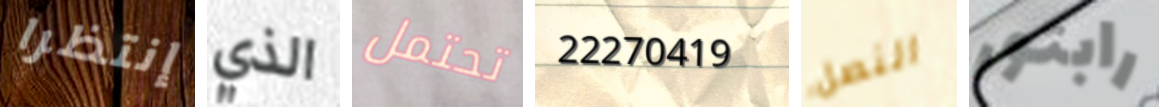
إنتظرا الذي تحتمل 22270419 النصل رابتور